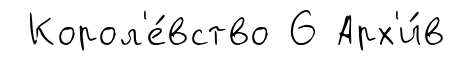
Корол'е́вство 6 Арх'и́в